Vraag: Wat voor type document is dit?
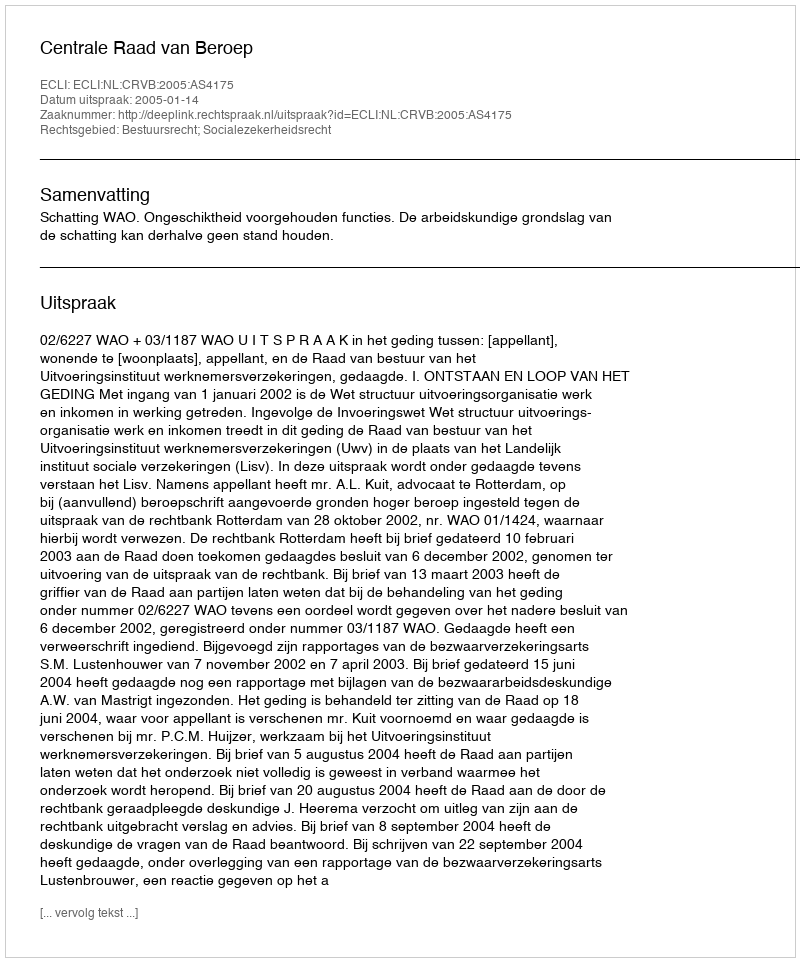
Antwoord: Uitspraak